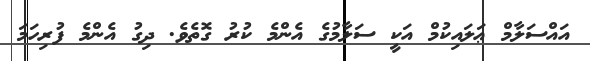
އައްސަލާމް ޢަލައިކުމް އަކީ ސަލާމުގެ އެންމެ ކުރު ގޮތެވެ. ދިގު އެންމެ ފުރިހަމަ